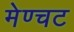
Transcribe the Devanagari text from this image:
मेण्चट